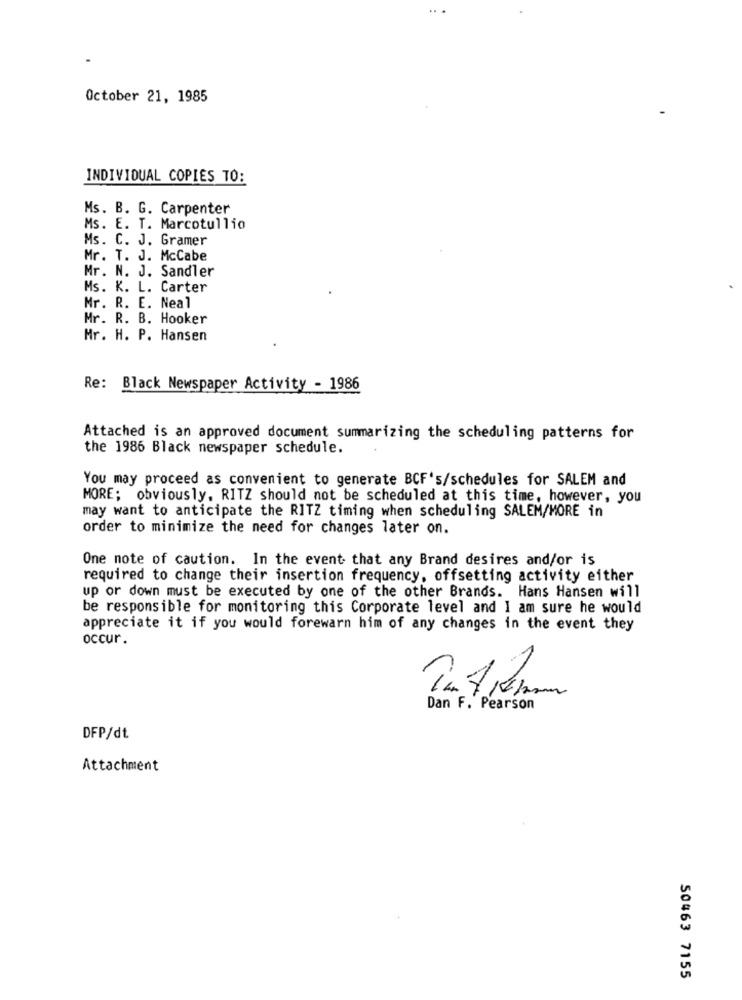
October 21, 1985
INDIVIDUAL COPIES TO:
Ms. B. G. Carpenter
Ms. E. T. Marcotullio
Ms. C. J. Gramer
Mr. T. J. McCabe
Mr. N. J. Sandler
Ms. K. L. Carter
Mr. R. E. Neal
Mr. R. B. Hooker
Mr. H. P. Hansen
Re: Black Newspaper Activity - 1986
Attached is an approved document summarizing the scheduling patterns for
the 1986 Black newspaper schedule.
You may proceed as convenient to generate BCF's/schedules for SALEM and
MORE; obviously, RITZ should not be scheduled at this time, however, you
may want to anticipate the RITZ timing when scheduling SALEM/MORE in
order to minimize the need for changes later on.
One note of caution. In the event that any Brand desires and/or is
required to change their insertion frequency, offsetting activity either
up or down must be executed by one of the other Brands. Hans Hansen will
be responsible for monitoring this Corporate level and I am sure he would
appreciate it if you would forewarn him of any changes in the event they
occur .
Dan F. Pearson
DFP/dt
Attachment
50463 7155